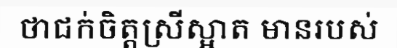
ថាជក់ចិត្តស្រីស្អាត មានរបស់